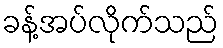
ခန့်အပ်လိုက်သည်